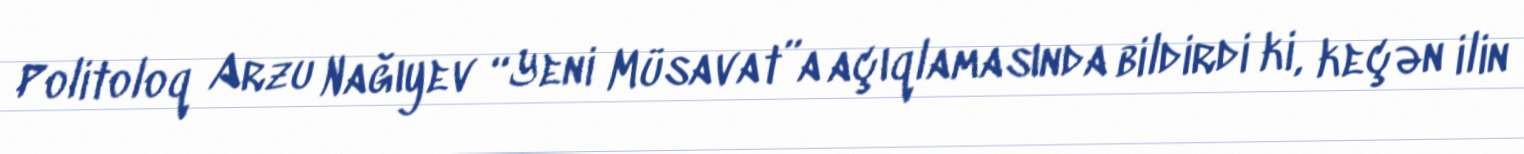
Politoloq Arzu Nağıyev “Yeni Müsavat”a açıqlamasında bildirdi ki, keçən ilin